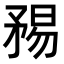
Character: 𥍴